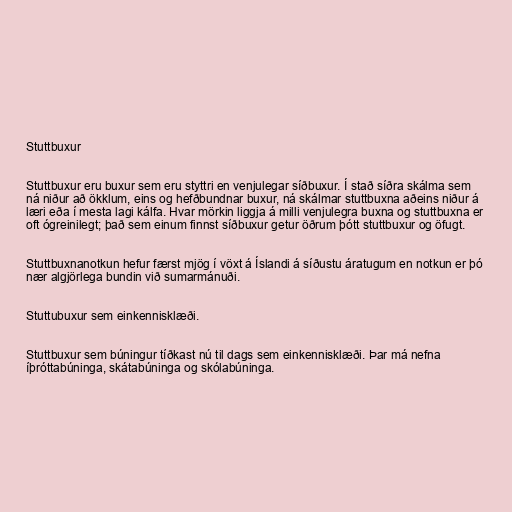
Stuttbuxur

Stuttbuxur eru buxur sem eru styttri en venjulegar síðbuxur. Í stað síðra skálma sem
ná niður að ökklum, eins og hefðbundnar buxur, ná skálmar stuttbuxna aðeins niður á
læri eða í mesta lagi kálfa. Hvar mörkin liggja á milli venjulegra buxna og stuttbuxna er
oft ógreinilegt; það sem einum finnst síðbuxur getur öðrum þótt stuttbuxur og öfugt.

Stuttbuxnanotkun hefur færst mjög í vöxt á Íslandi á síðustu áratugum en notkun er þó
nær algjörlega bundin við sumarmánuði.

Stuttubuxur sem einkennisklæði.

Stuttbuxur sem búningur tíðkast nú til dags sem einkennisklæði. Þar má nefna
íþróttabúninga, skátabúninga og skólabúninga.